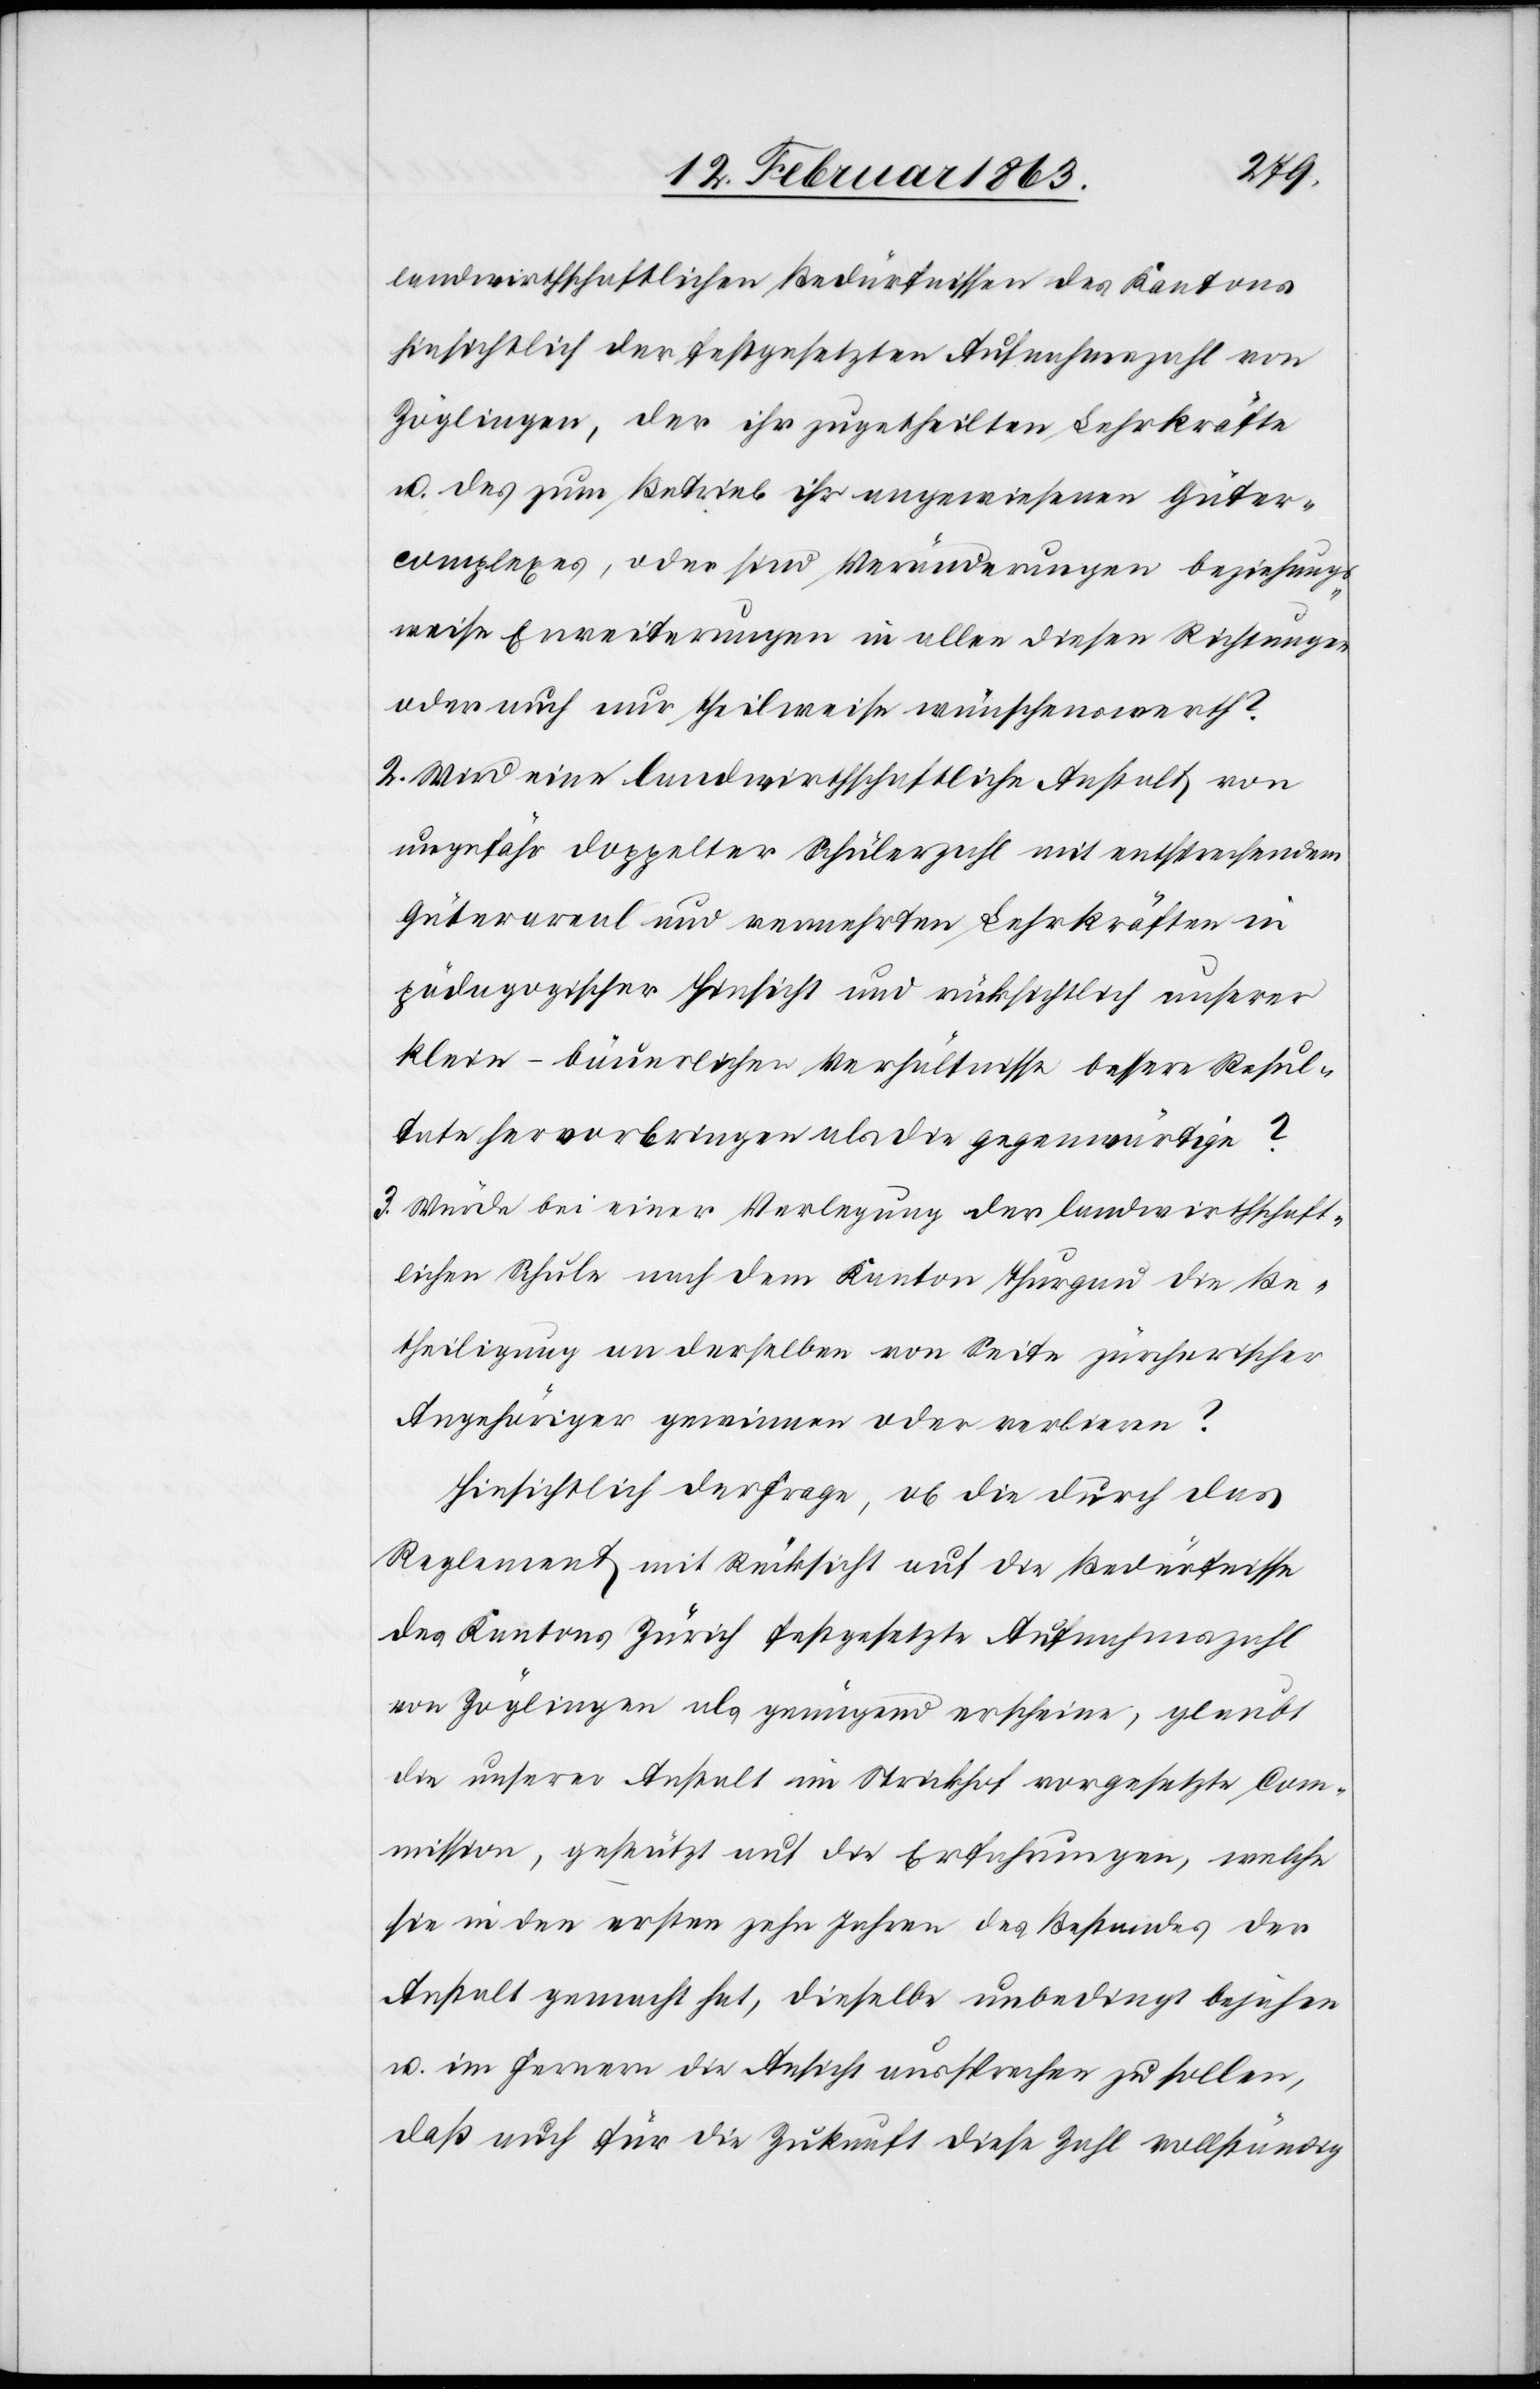
landwirthschaftlichen Bedürfnissen des Kantons
hinsichtlich der festgesetzten Aufnahmezahl von
Zöglingen, der ihr zugetheilten Lehrkräfte
u. des zum Betrieb ihr angewiesenen Güter¬
complexes, oder sind Veränderungen beziehungs¬
weise Erweiterungen in allen diesen Richtungen
oder auch nur theilweise wünschenswerth?
1. Wird eine landwirthschaftliche Anstalt von
ungefähr doppelter Schülerzahl mit entsprechendem
Güterareal und vermehrten Lehrkräften in
pädagogischer Hinsicht und rücksichtlich unserer
klein-bäuerlichen Verhältnisse bessere Resul¬
tate hervorbringen als die gegenwärtige?
3. Würde bei einer Verlegung der landwirtschaft¬
lichen Schule nach dem Kanton Thurgau die Be¬
theiligung an derselben von Seite zürcherischer
Angehöriger gewinnen oder verlieren?
Hinsichtlich der Frage, ob die durch das
Reglement mit Rücksicht auf die Bedürfnisse
des Kantons Zürich festgesetzte Aufnahmszahl
von Zöglingen als genügend erscheine, glaubt
die unserer Anstalt im Strickhof vorgesetzte Com¬
mission, gestützt auf die Erfahrungen, welche
sie in den ersten zehn Jahren des Bestandes der
Anstalt gemacht hat, dieselbe unbedingt bejahen
u. im Fernern die Ansicht aussprechen zu sollen,
daß auch für die Zukunft diese Zahl vollständig